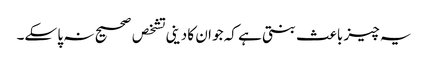
یہ چیز باعث بنتی ہے کہ جو ان کا دینی تشخص صحیح نہ پا سکے۔